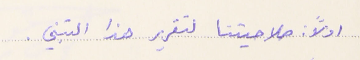
اولاً صلاحيتنا لتقرير هذا التبني.